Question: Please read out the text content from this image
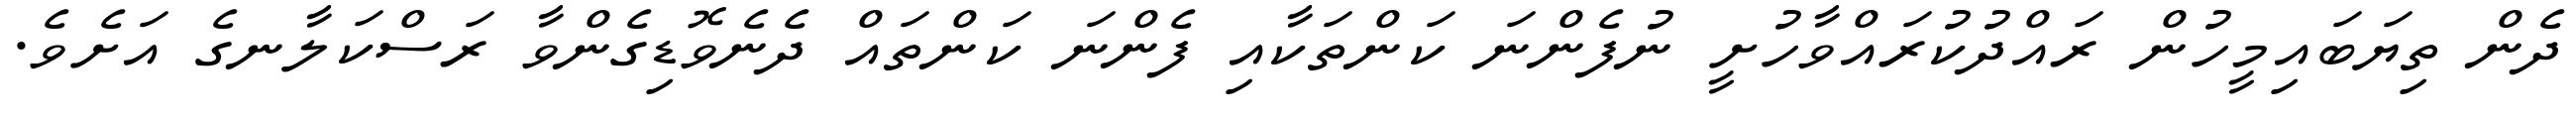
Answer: ދެން ތިޔަބައިމީހުން ރައްދުކުރައްވާހުށީ ނުފެންނަ ކަންތަކާއި ފެންނަ ކަންތައް ދެނެވޮޑިގެންވާ ރަސްކަލާނގެ އަށެވެ.